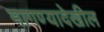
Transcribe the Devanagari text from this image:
मागण्यादेखील